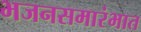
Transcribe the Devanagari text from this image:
भजनसमारंभात